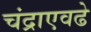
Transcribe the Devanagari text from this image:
चंद्राएवढे